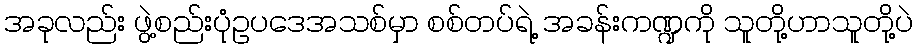
အခုလည်း ဖွဲ့စည်းပုံဥပဒေအသစ်မှာ စစ်တပ်ရဲ့ အခန်းကဏ္ဍကို သူတို့ဟာသူတို့ပဲ